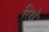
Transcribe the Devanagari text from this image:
रिक्षे